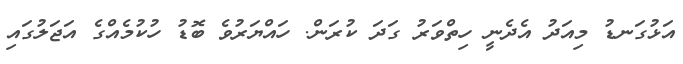
އަޅުގަނޑު މިއަދު އެދެނީ ހިތްވަރު ގަދަ ކުރަން. ހައްޔަރުވެ ބޮޑު ހުކުމެއްގެ އަޖަލުގައި